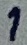
Text: 1